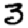
Digit: 3